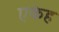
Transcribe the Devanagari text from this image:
एकेह